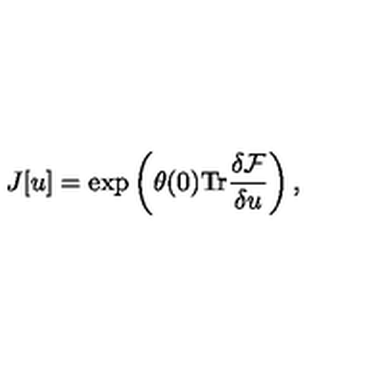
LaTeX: { J } [ u ] = \exp \left( \theta ( 0 ) \mathrm { T r } \frac { \delta { \cal F } } { \delta { u } } \right) ,